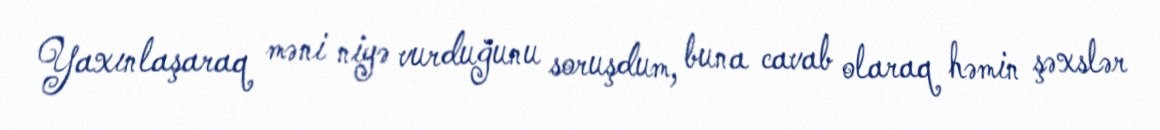
Yaxınlaşaraq məni niyə vurduğunu soruşdum, buna cavab olaraq həmin şəxslər